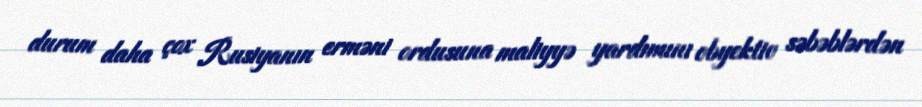
durum daha çox Rusiyanın erməni ordusuna maliyyə yardımını obyektiv səbəblərdən